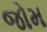
જોમ